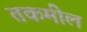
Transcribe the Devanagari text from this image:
तकमील